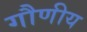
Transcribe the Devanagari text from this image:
गौणीय